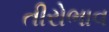
તીરોભાવ